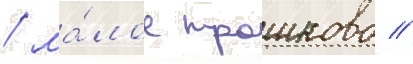
/ ма́лое трошково /